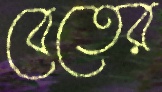
বেতের